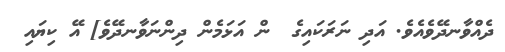
ދެއްވާނދޭވެއެވެ. އަދި ނަރަކައިގެ  ން އަޅަމެން ދިންނަވާނދޭވެ] އޭ ކިޔައި